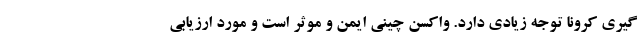
گیری کرونا توجه زیادی دارد. واکسن چینی ایمن و موثر است و مورد ارزیابی